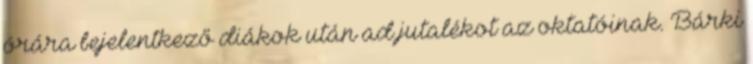
órára bejelentkező diákok után ad jutalékot az oktatóinak. Bárki